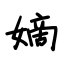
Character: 嫡